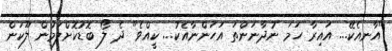
"އާނއެކޭ... އައިރާ ހަމަ ނުދާނަންތަ އަހަންނާއެކު... ކީއްވެ" ދެ ލޯ ބޮޑުކޮށްލަމުން ލޫކަން